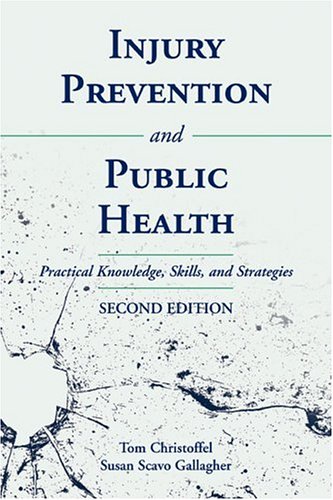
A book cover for Injury Prevention And Public Health: Practical Knowledge, Skills, And Strategies; Tom Christoffel; Medical Books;